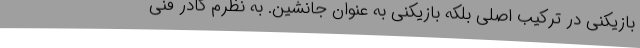
بازیکنی در ترکیب اصلی بلکه بازیکنی به عنوان جانشین. به نظرم کادر فنی